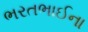
ભરતભાઈના